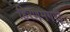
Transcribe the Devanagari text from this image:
हिरणमगरी